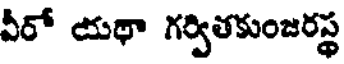
వీరో యథా గర్వితకుంజరస్థ